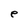
Character: e